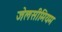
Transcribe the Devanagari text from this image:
जेलसीमियम